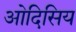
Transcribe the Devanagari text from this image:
ओदिसिय